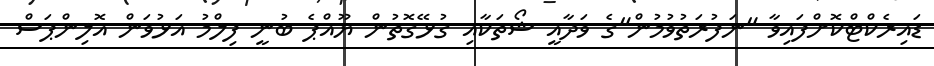
ޑައިރެކްޓްކޮށްފައިވާ "ނަފުރަތުވުމުން"ގެ ވަދާއީ ޝޯތަކާއި ގުޅޭގޮތުން ޔޫއްޕެ ބުނީ ފިލްމު އަޅުވަން އޮލިންޕަސް